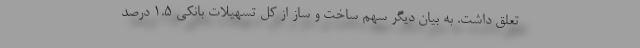
تعلق داشت. به بیان دیگر سهم ساخت و ساز از کل تسهیلات بانکی ۱.۵ درصد